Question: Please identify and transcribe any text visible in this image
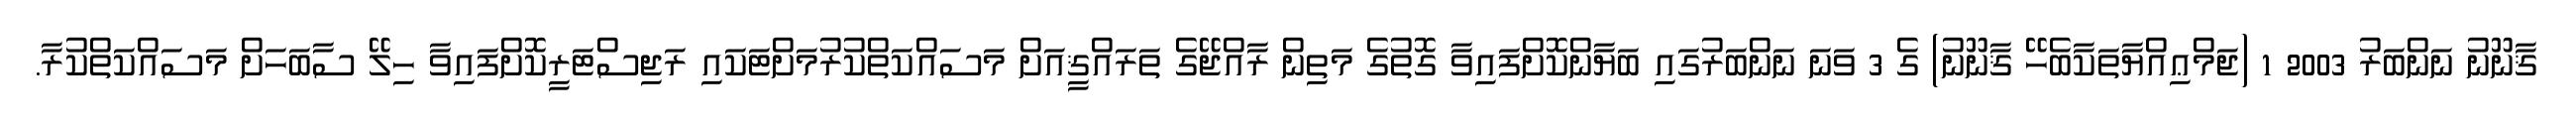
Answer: ޤާނޫނު ނަންބަރު 2003 1 (ޖަމްޢިއްޔާތަކާބެހޭ ޤާނޫނު) ގެ 3 ވަނަ ނަންބަރުގައި ބަޔާންކޮށްފައިވާ ގޮތުގެ މަތިން ރާއްޖޭގެ ތަރައްޤީއަށް މަސައްކަތްކުރުމަށްޓަކައި ރަޖިސްޓަރީކޮށްފައިވާ ހިލޭ ސާބަހަށް މަސައްކަތްކުރާ.